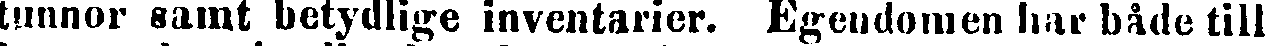
tunnor samt betydlige inventarier. Egendomen har både till